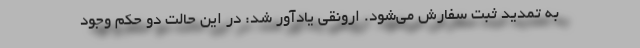
به تمدید ثبت سفارش می‌شود. ارونقی یادآور شد: در این حالت دو حکم وجود